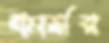
কার্সর